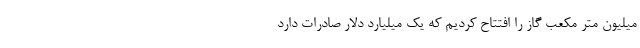
میلیون متر مکعب گاز را افتتاح کردیم که یک میلیارد دلار صادرات دارد